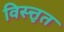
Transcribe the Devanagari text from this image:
विस्त्तृत